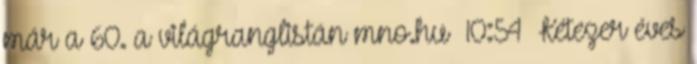
már a 60. a világranglistán mno.hu 10:54 Kétezer éves